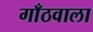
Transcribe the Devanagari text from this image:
गाँठवाला